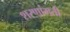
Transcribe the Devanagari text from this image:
शरणांगती